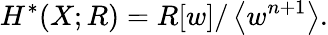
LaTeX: H^{*}(X;R)=R[w]/\left\langle w^{n+1}\right\rangle.